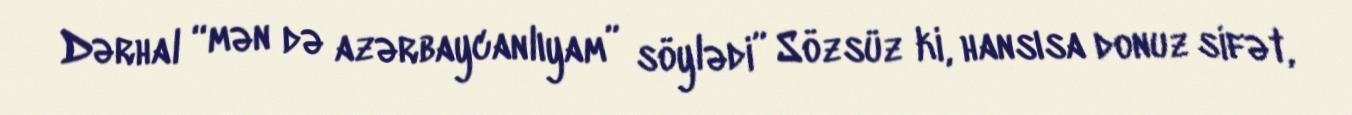
Dərhal “mən də azərbaycanlıyam” söylədi” Sözsüz ki, hansısa donuz sifət,